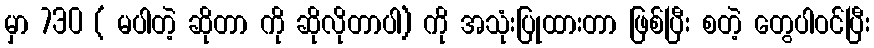
မှာ 730 ( မပါတဲ့ ဆိုတာ ကို ဆိုလိုတာပါ) ကို အသုံးပြုထားတာ ဖြစ်ပြီး စတဲ့ တွေပါဝင်ပြီး